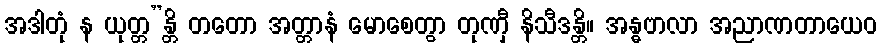
အဒါတုံ န ယုတ္တ”န္တိ တတော အတ္တာနံ မောစေတွာ တုဏှီ နိသီဒန္တိ။ အန္ဓဗာလာ အညာဏတာယေဝ